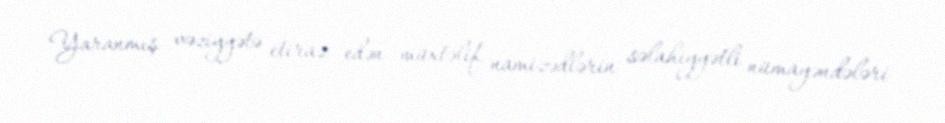
Yaranmış vəziyyətə etiraz edən müxtəlif namizədlərin səlahiyyətli nümayəndələri